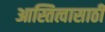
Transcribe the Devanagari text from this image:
आस्तित्वासाठी